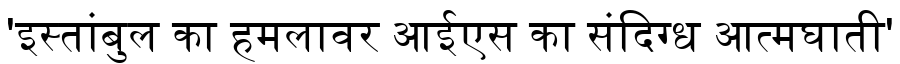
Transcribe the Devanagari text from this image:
'इस्तांबुल का हमलावर आईएस का संदिग्ध आत्मघाती'